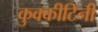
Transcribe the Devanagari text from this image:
कुक्कीटिनी